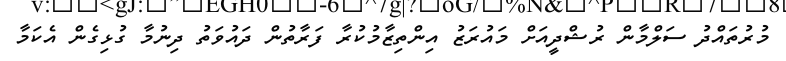
މުރުތައްދު ސަލްމާން ރުޝްދީއަށް މައުރަޒު އިންތިޒާމުކުރާ ފަރާތުން ދައުވަތު ދިނުމާ ގުޅިގެން އެކަމާ